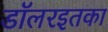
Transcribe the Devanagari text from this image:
डॉलरइतका